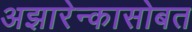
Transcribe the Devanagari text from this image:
अझारेन्कासोबत